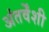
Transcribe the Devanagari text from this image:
अंतर्वेंशी